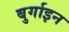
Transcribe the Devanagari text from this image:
बुर्गाइन